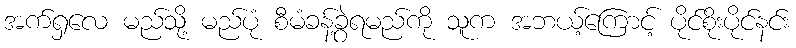
အက်ရှလေ မည်သို့ မည်ပုံ စီမံခန့်ခွဲရမည်ကို သူက အဘယ့်ကြောင့် ပိုင်စိုးပိုင်နင်း